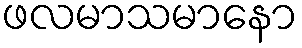
ဖလမာသမာနော